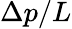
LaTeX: \Delta p/L